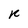
Character: R